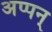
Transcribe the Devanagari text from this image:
अप्पन्